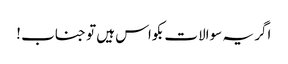
اگر یہ سوالات بکواس ہیں تو جناب !